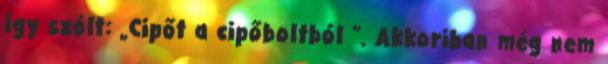
így szólt: „Cipőt a cipőboltból ”. Akkoriban még nem